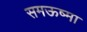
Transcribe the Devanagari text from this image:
समऊष्मा